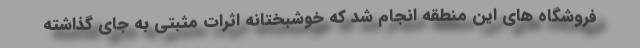
فروشگاه های این منطقه انجام شد که خوشبختانه اثرات مثبتی به جای گذاشته